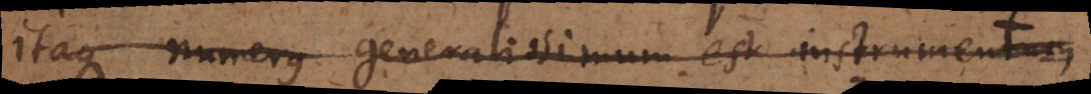
itaque numerus generalissimum est instrumentum